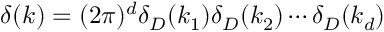
\delta ( k ) = ( 2 \pi ) ^ { d } \delta _ { D } ( k _ { 1 } ) \delta _ { D } ( k _ { 2 } ) \cdots \delta _ { D } ( k _ { d } )